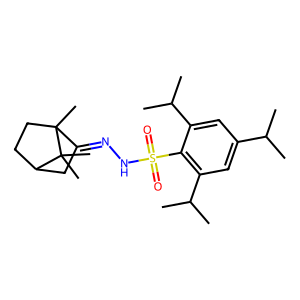
SMILES: CC(C)c1cc(C(C)C)c(S(=O)(=O)NN=C2CC3CCC2(C)C3(C)C)c(C(C)C)c1
Inhibits HIV replication: No